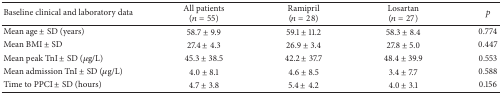
| Baseline clinical and laboratory data | All patients (n = 55) | Ramipril (n = 28) | Losartan (n = 27) | p |
 | --- | --- | --- | --- | --- |
 | Mean age ± SD (years) | 58.7 ± 9.9 | 59.1 ± 11.2 | 58.3 ± 8.4 | 0.774 |
 | Mean BMI ± SD | 27.4 ± 4.3 | 26.9 ± 3.4 | 27.8 ± 5.0 | 0.447 |
 | Mean peak TnI ± SD (μg/L) | 45.3 ± 38.5 | 42.2 ± 37.7 | 48.4 ± 39.9 | 0.553 |
 | Mean admission TnI ± SD (μg/L) | 4.0 ± 8.1 | 4.6 ± 8.5 | 3.4 ± 7.7 | 0.588 |
 | Time to PPCI ± SD (hours) | 4.7 ± 3.8 | 5.4 ± 4.2 | 4.0 ± 3.1 | 0.156 |